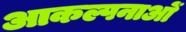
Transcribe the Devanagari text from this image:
आकल्पनाओं